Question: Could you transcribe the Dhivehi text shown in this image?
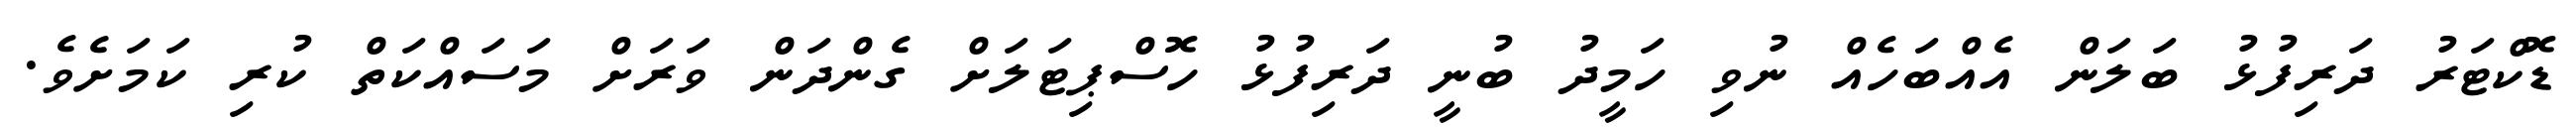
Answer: ޑޮކްޓަރު ދަރިފުޅު ބަލަން އެއްބަހެއް ނުވި ހަމީދު ބުނީ ދަރިފުޅު ހޮސްޕިޓަލަށް ގެންދަން ވަރަށް މަސައްކަތް ކުރި ކަމަށެވެ.